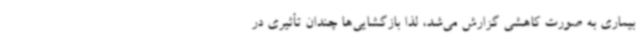
بیماری به صورت کاهشی گزارش می‌شد، لذا بازگشایی‌ها چندان تأثیری در